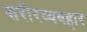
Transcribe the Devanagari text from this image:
शरीरव्यवहार